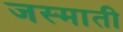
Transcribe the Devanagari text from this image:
जस्माती